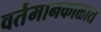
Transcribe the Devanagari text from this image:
वर्तमानकाळात